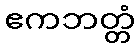
ဧကဘတ္တံ